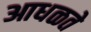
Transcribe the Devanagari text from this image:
आधळते